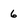
Character: 6